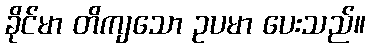
ခိုင်မာ တိကျသော ဥပမာ ပေးသည်။